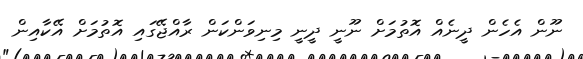
ނޫން އެހެން ދީނެއް އޮތުމަށް ނޫނީ ދީނީ މިނިވަންކަން ރާއްޖޭގައި އޮތުމަށް އޭކާއިން